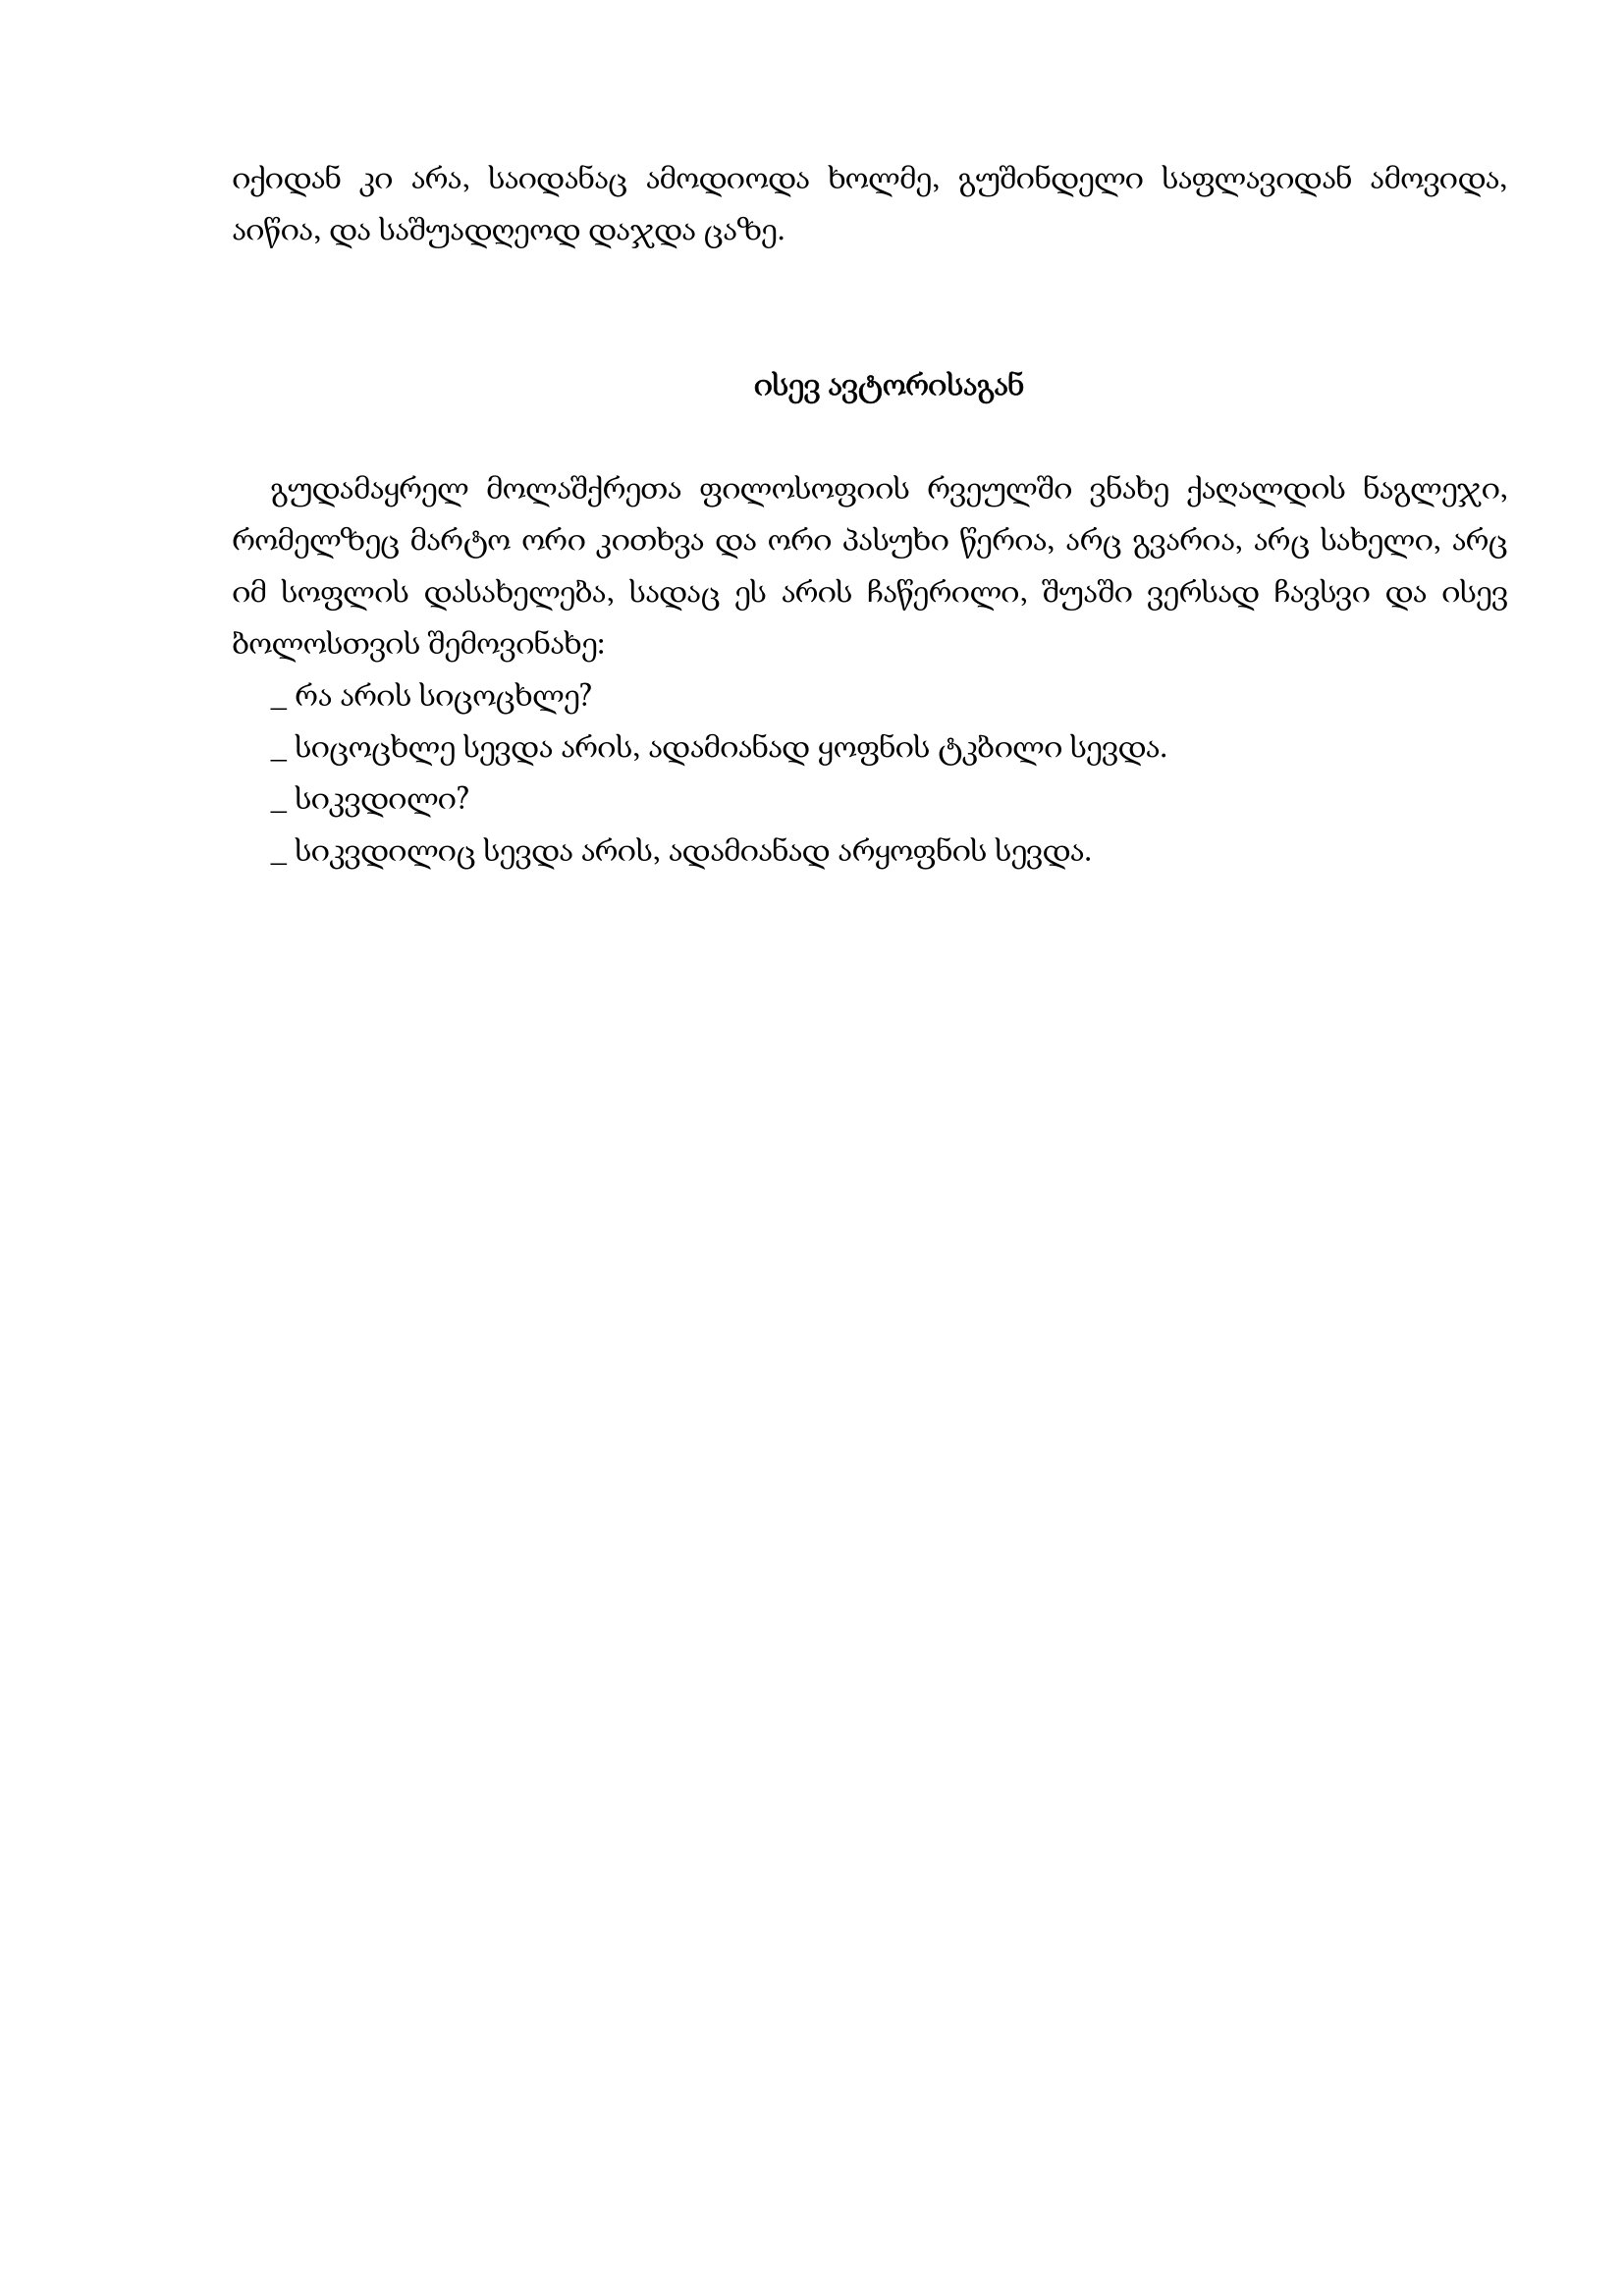
Language: gr